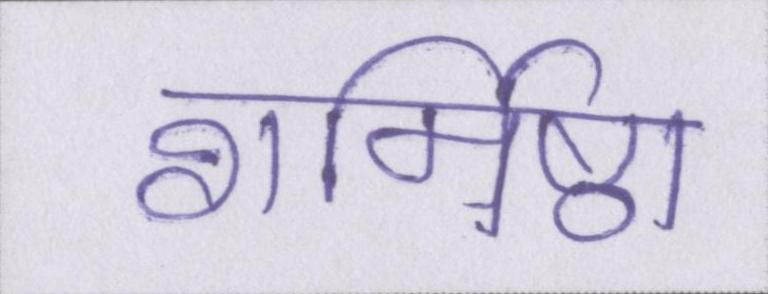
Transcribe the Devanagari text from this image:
शर्मिष्ठा